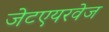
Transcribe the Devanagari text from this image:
जेटएयरवेज